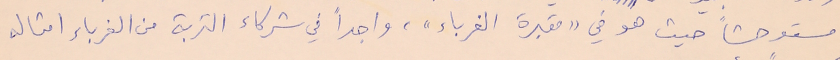
مستوحشاً حيث هو في "مقبرة الغرباء"، واجداً في شركاء التربة من الغرباء امثاله